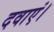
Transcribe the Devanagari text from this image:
दवाएं।